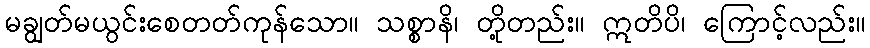
မချွတ်မယွင်းစေတတ်ကုန်သော။ သစ္စာနိ၊ တို့တည်း။ ဣတိပိ၊ ကြောင့်လည်း။